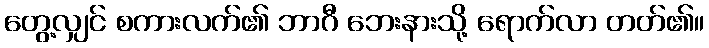
တွေ့လျှင် စကားလက်၏ ဘာဂီ ဘေးနားသို့ ရောက်လာ တတ်၏။